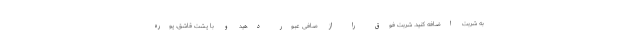
به شربت اضافه کنید. شربت فوق را از صافی عبور دهید و با پشت قاشق، پوره